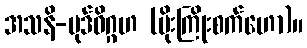
အသနိ-ပုဒ်ဝိဂ္ဂဟ (မိုးကြိုးစက်ဟော)။